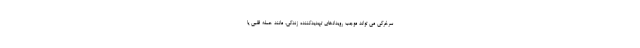
سرخرگی می تواند موجب رویدادهای تهدیدکننده زندگی، مانند حمله قلبی یا